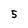
Character: 5